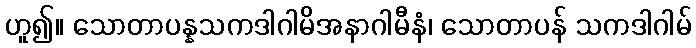
ဟူ၍။ သောတာပန္နသကဒါဂါမိအနာဂါမီနံ၊ သောတာပန် သကဒါဂါမ်